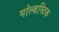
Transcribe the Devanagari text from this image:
गोल्डस्टिक